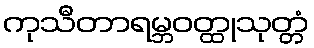
ကုသီတာရမ္ဘဝတ္ထုသုတ္တံ